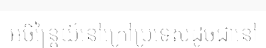
អចិន្ត្រៃយ៍នៅក្រៅប្រទេសដូចជានៅ